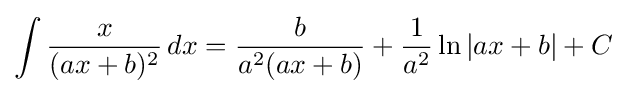
\int {\frac {x}{(ax+b)^{2}}}\,dx={\frac {b}{a^{2}(ax+b)}}+{\frac {1}{a^{2}}}\ln \left|ax+b\right|+C